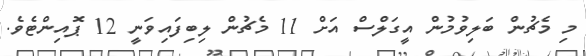
މި މެޗުން ބަލިވުމުން އީގަލްސް އަށް 11 މެޗުން ލިބިފައިވަނީ 12 ޕޮއިންޓެވެ.